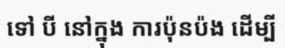
ទៅ បី នៅក្នុង ការប៉ុនប៉ង ដើម្បី